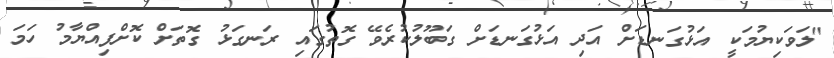
"ލަވަކިޔުމަކީ އަޅުގަނޑަށް އަދި އަޅުގަނޑަށް ގަބޫލުކުރެވޭ ގޮތުގައި ރަނގަޅު ގޮތަށް ކޮށްފިއްޔާމު ހަމަ